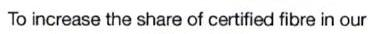
To increase the share of certified fibre in our